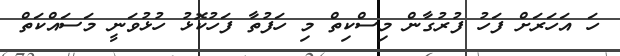
ހަ އަހަރަށް ފަހު ފުރުގާން މިސްކިތް މި ހަފުތާ ފަހުކޮޅު ހުޅުވަނީ މަސައްކަތް